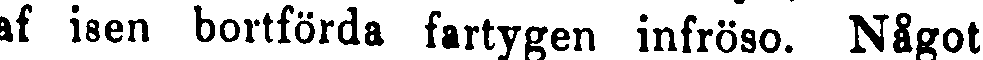
af isen bortförda fartygen infröso. Något